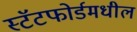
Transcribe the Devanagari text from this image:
स्टॅटफोर्डमधील